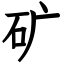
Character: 矿